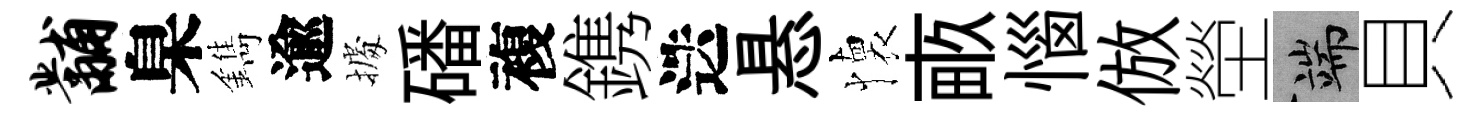
黼臬鐫逾𢴃磻複鎸迭悬懐畞惱倣塋端貝